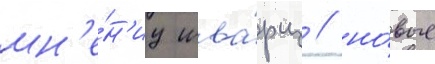
мн'е́н'иу шва́рц / но́вые